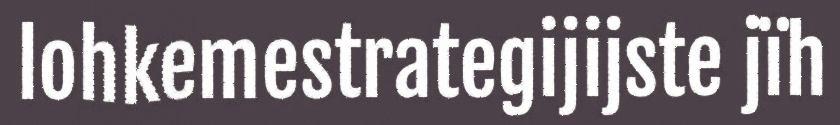
lohkemestrategijijste jïh